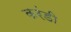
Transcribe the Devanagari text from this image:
करंडी